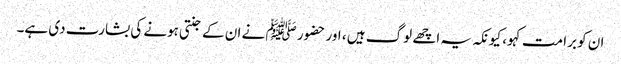
ان کو برا مت کہو، کیونکہ یہ اچھے لوگ ہیں ، اور حضور ﷺ نے ان کے جنتی ہونے کی بشارت دی ہے۔